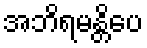
အဘိရမန္တိပေ